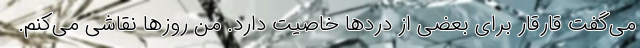
می‌گفت قارقار برای بعضی از دردها خاصیت دارد. من روزها نقاشی می‌کنم.